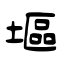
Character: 塸